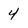
Character: 4